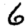
Digit: 6